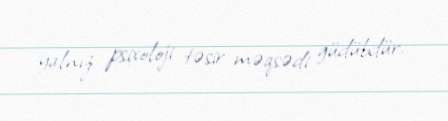
yalnız psixoloji təsir məqsədi güdübdür.